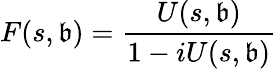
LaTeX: F(s,\mathfrak{b})=\frac{{U(s,\mathfrak{b})}}{{1-iU(s,\mathfrak{b})}}